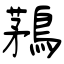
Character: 鶜